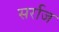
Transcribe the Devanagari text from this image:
सर्राज